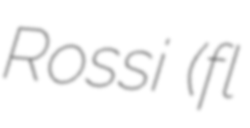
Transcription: Rossi (fl